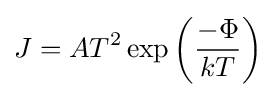
J=AT^{2}\exp \left({\frac {-\Phi }{kT}}\right)